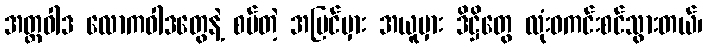
အတ္တဝါဒ လောကဝါဒတွေနဲ့ စပ်တဲ့ အမြင်မှား အယူမှား ဒိဋ္ဌိတွေ လုံးဝကင်းစင်သွားတယ်၊